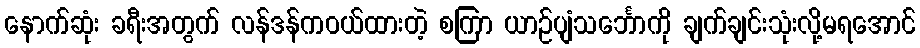
နောက်ဆုံး ခရီးအတွက် လန်ဒန်ကဝယ်ထားတဲ့ စကြာ ယာဉ်ပျံသင်္ဘောကို ချက်ချင်းသုံးလို့မရအောင်